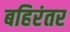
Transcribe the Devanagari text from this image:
बहिरंतर